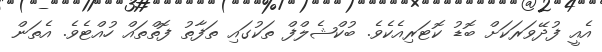
އެއީ ފުދޭވަރަކަށް ބޮޑު ކޮޓަރިއެކެވެ. ބުކްޝެލްފް ތަކުގައި ތަފާތު ފޮތްތައް ހުއްޓެވެ. އެތަން